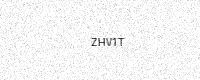
Text: ZHV1T